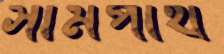
সামপাথ